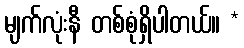
မျက်လုံးနီ တစ်စုံရှိပါတယ်။ *